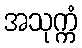
အသုက္ကံ